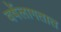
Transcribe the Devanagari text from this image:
वर्षेलागतात